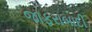
જાફરાબાદી